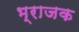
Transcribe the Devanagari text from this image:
भ्राजक